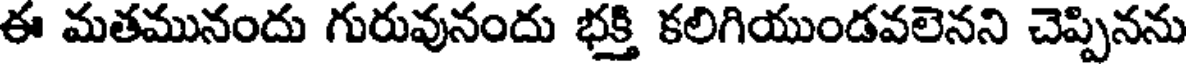
ఈ మతమునందు గురువునందు భక్తి కలిగియుండవలెనని చెప్పినను